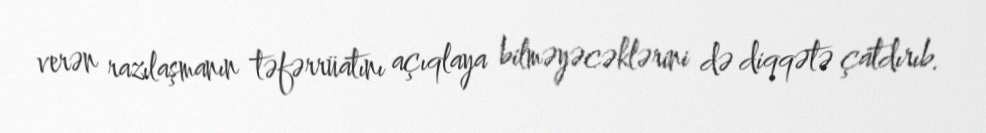
verən razılaşmanın təfərrüatını açıqlaya bilməyəcəklərini də diqqətə çatdırıb.